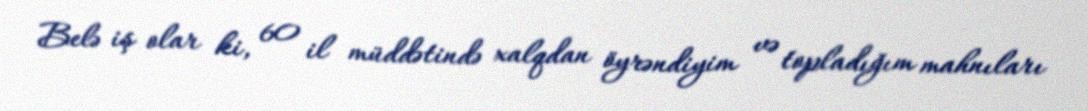
Belə iş olar ki, 60 il müddətində xalqdan öyrəndiyim və topladığım mahnıları